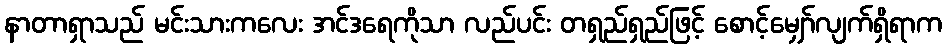
နာတာရှာသည် မင်းသားကလေး အင်ဒရေကိုသာ လည်ပင်း တရှည်ရှည်ဖြင့် စောင့်မျှော်လျက်ရှိရာက